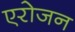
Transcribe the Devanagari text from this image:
एरोजन